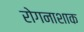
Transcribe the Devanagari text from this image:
रोगनाशाक